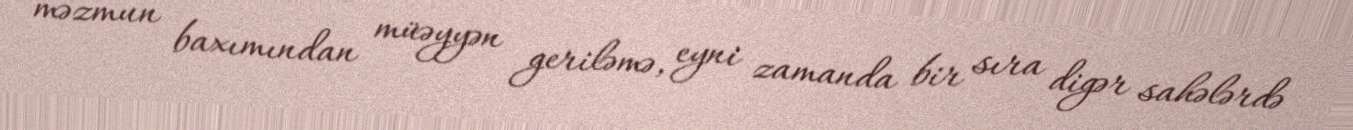
məzmun baxımından müəyyən geriləmə, eyni zamanda bir sıra digər sahələrdə